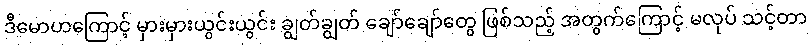
ဒီမောဟကြောင့် မှားမှားယွင်းယွင်း ချွတ်ချွတ် ချော်ချော်တွေ ဖြစ်သည့် အတွက်ကြောင့် မလုပ် သင့်တာ